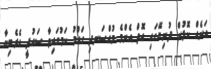
އަނެއް ކޮޅުން ދުނިޔޭގައި އޮތް އެންމެ މުއްސަނދި ގައުމު ކަމުގައިވާ ސައުދީ އެެރެބިޔާ